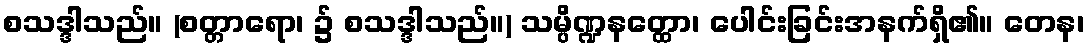
စသဒ္ဒါသည်။ (စတ္တာရော၊ ၌ စသဒ္ဒါသည်။) သမ္ပိဏ္ဍနတ္ထော၊ ပေါင်းခြင်းအနက်ရှိ၏။ တေန၊